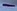
Text: -